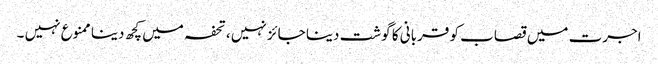
اجرت میں قصاب کو قربانی کا گوشت دینا جائز نہیں ،تحفہ میں کچھ دینا ممنوع نہیں ۔